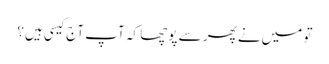
تو میں‌نے پھر سے پوچھا کہ آپ آج کیسی ہیں؟